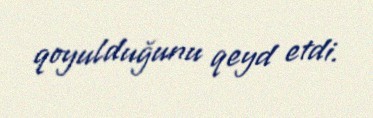
qoyulduğunu qeyd etdi.